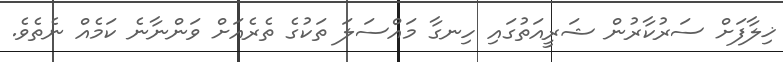
ޚިލާފަށް ސަރުކާރުން ޝަރީއަތުގައި ހިނގާ މައްސަލަ ތަކުގެ ތެރެއަށް ވަންނާނެ ކަމެއް ނެތެވެ.